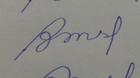
Signature authenticity: forged